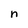
Character: n